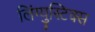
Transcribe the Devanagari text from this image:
लिंग्युस्टिक्स